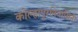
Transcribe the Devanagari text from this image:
कोल्हापूरनिवासिनी